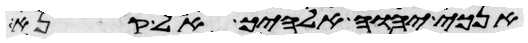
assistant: אנכי יהוה אלהיך אל קנא